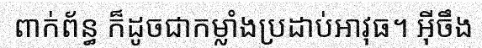
ពាក់ព័ន្ធ ក៏ដូចជាកម្លាំងប្រដាប់អាវុធ។ អ៊ីចឹង